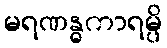
မရဏန္ဓကာရမ္ပိ